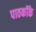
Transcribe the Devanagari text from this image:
पाठकॉके